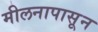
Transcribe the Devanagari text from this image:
मीलनापासून